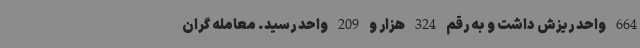
664 واحد ریزش داشت و به رقم 324 هزار و 209 واحد رسید. معامله گران